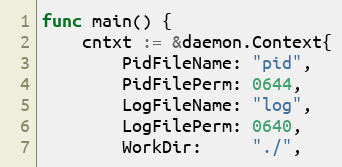
Language: Go
func main() {
	cntxt := &daemon.Context{
		PidFileName: "pid",
		PidFilePerm: 0644,
		LogFileName: "log",
		LogFilePerm: 0640,
		WorkDir:     "./",